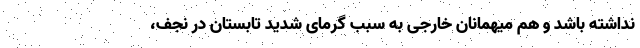
نداشته باشد و هم میهمانان خارجی به سبب گرمای شدید تابستان در نجف،